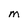
Character: M